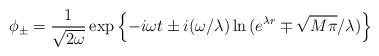
LaTeX: \begin{align*}\phi_\pm = \frac{1}{\sqrt{2\omega}} \exp\left\{-i\omega t \pm i(\omega/\lambda)\ln{(e^{\lambda r} \mp \sqrt{M\pi}/\lambda)}\right\}\end{align*}